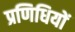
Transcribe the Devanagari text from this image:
प्रणिधियों